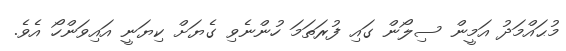
މުޙައްމަދު އަމީން ސިލޯން ގައި ފުރަތަމަ ހުންނެވި ގެޔަށް ކިޔަނީ އައިވަންހޯ އެވެ.